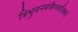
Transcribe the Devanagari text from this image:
त्रिभुवनमवैरव्यतिकरं।